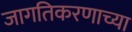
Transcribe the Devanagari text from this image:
जागतिकरणाच्या